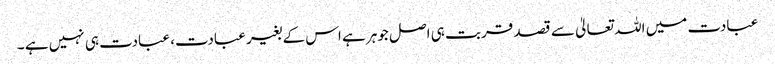
عبادت میں اللہ تعالیٰ سے قصد قربت ہی اصل جوہر ہے اس کے بغیر عبادت، عبادت ہی نہیں ہے ۔